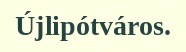
Újlipótváros.